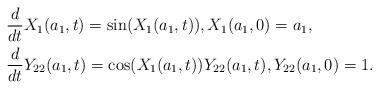
LaTeX: \begin{align*}&\frac{d}{dt} X_1(a_1,t) = \sin (X_1(a_1,t)), X_1(a_1,0) = a_1, \\&\frac{d}{dt} Y_{22}(a_1,t) = \cos (X_1(a_1,t)) Y_{22}(a_1,t), Y_{22}(a_1,0) = 1.\end{align*}